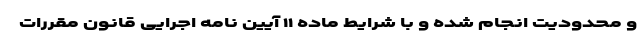
و محدودیت انجام شده و با شرایط ماده ۱۱ آیین نامه اجرایی قانون مقررات